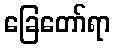
ခြေတော်ရာ